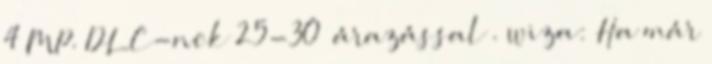
4 MP. DLC-nek 25-30€ árazással . wiza: Ha már